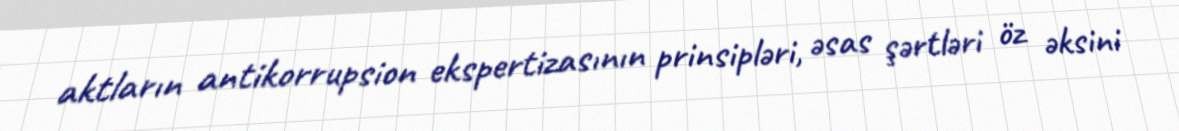
aktların antikorrupsion ekspertizasının prinsipləri, əsas şərtləri öz əksini